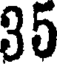
35